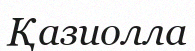
Қазиолла